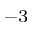
^ { - 3 }